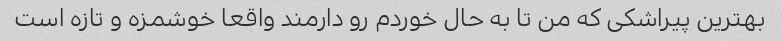
بهترین پیراشکی که من تا به حال خوردم رو دارمند واقعا خوشمزه و تازه است